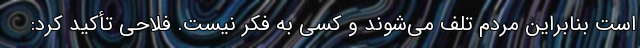
است بنابراین مردم تلف می‌شوند و کسی به فکر نیست. فلاحی تأکید کرد: